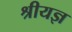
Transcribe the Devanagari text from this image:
श्रीयज्ञ